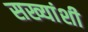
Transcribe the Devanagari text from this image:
सख्यांशी